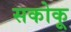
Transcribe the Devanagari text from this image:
सकोकू